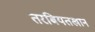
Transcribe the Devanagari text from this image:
तरबियतखान